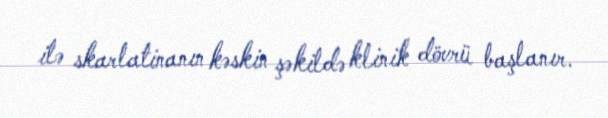
ilə skarlatinanın kəskin şəkildə klinik dövrü başlanır.